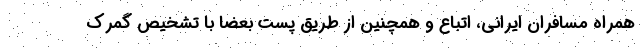
همراه مسافران ایرانی، اتباع و همچنین از طریق پست بعضا با تشخیص گمرک